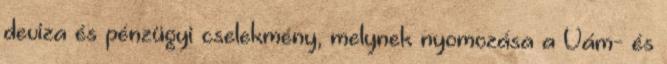
deviza és pénzügyi cselekmény, melynek nyomozása a Vám- és